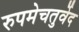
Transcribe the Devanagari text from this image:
रुपमेचतुर्वेद